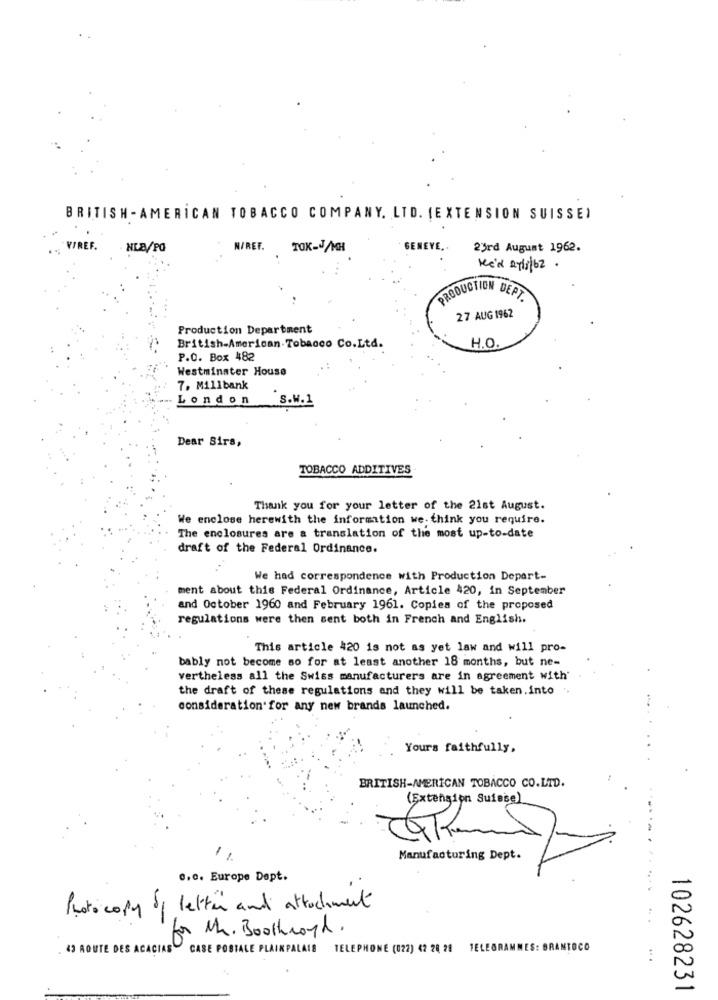
BRITISH -AMERICAN TOBACCO COMPANY. LTD. (EXTENSION SUISSE)
V/REF.
HLB/PO
N/REF. TOK-/MH
GENEVE ..
23rd August 1962.
..
PRODUCTION DEPT.
27 AUG 1962
Production Department
British-American Tobacco Co.Ltd.
H.O.
P.O. Box 482
Westminster House
7. Millbank
London
S.W.1
Dear Sirs,
TOBACCO ADDITIVES
Thank you for your letter of the 21st August.
We enclose herewith the information we- think you require.
The enclosures are a translation of the most up-to-date
draft of the Federal Ordinance.
We had correspondence with Production Depart-
ment about this Federal Ordinance, Article 420, in September
and October 1960 and February 1961. Copies of the proposed
regulations were then sent both in French and English.
This article 420 is not as yet law and will pro-
bably not become so for at least another 18 months, but ne-
vertheless all the Swiss manufacturers are in agreement with'
the draft of these regulations and they will be taken.into
consideration for any new brands launched.
Yours faithfully,
BRITISH-AMERICAN TOBACCO CO.LTD.
(Extension Suisse)
1,
Manufacturing Dept.
0.0. Europe Dept.
Photocopy of letter and attachment
for Mr. Boothroyd.
43 ROUTE DES ACACIAS
CASE POSTALE PLAINPALAIS
TELEPHONE (022) 42 28 28 TELEGRAMMES: BRANTOCO
... .
102628231